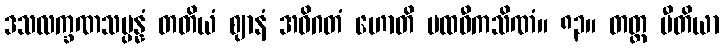
ဒသလက္ခဏသမ္ပန္နံ တတိယံ ဈာနံ အဓိဂတံ ဟောတိ ပထဝီကသိဏံ။ ၈၃။ တတ္ထ ပီတိယာ